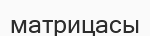
матрицасы